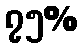
၇၅%